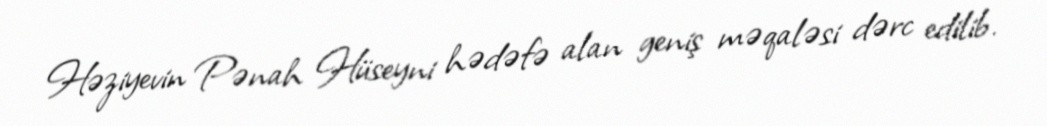
Həziyevin Pənah Hüseyni hədəfə alan geniş məqaləsi dərc edilib.